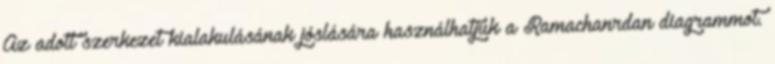
Az adott szerkezet kialakulásának jóslására használhatjuk a Ramachanrdan diagrammot.